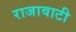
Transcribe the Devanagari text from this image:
राजावाटी